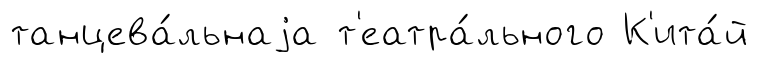
танцева́льнаjа т'еатра́льного К'ита́й